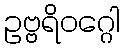
ဥဗ္ဗရိဝဂ္ဂေါ